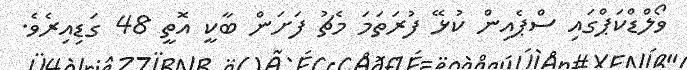
ވޯލްޑްކަޕްގައި ސްޕެއިން ކުޅޭ ފުރަތަމަ މެޗު ފަށަން ބާކީ އޮތީ 48 ގަޑިއިރެވެ.